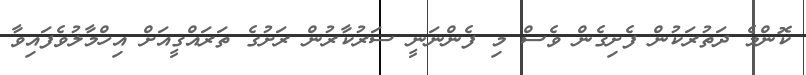
ކޮންމެ ދަތުރަކުން ފެށިގެން ވެސް މި ފެންނަނީ ސަރުކާރުން ރަށުގެ ތަރައްގީއަށް އިހްމާލުވެފައިވާ